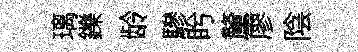
璃鑠龄驂盻釐廖陰